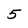
Character: 5